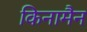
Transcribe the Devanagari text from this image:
किनामैन